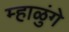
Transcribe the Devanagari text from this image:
म्हाळुंगे